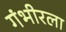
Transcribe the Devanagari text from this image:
गंभीरला